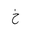
Letter: _kha